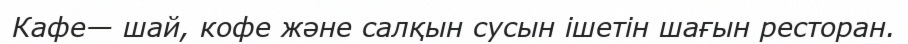
Кафе— шай, кофе және салқын сусын ішетін шағын ресторан.